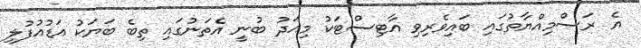
އެ ރަސްމިއްޔާތުގައި ބައިވެރިވި އާޓިސްޓަކު މިއަދު ބުނީ އެތަނުގައި ތިބެ ބަޔަކު އަޑުއުފުލި